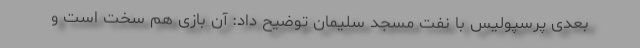
بعدی پرسپولیس با نفت مسجد سلیمان توضیح داد: آن بازی هم سخت است و